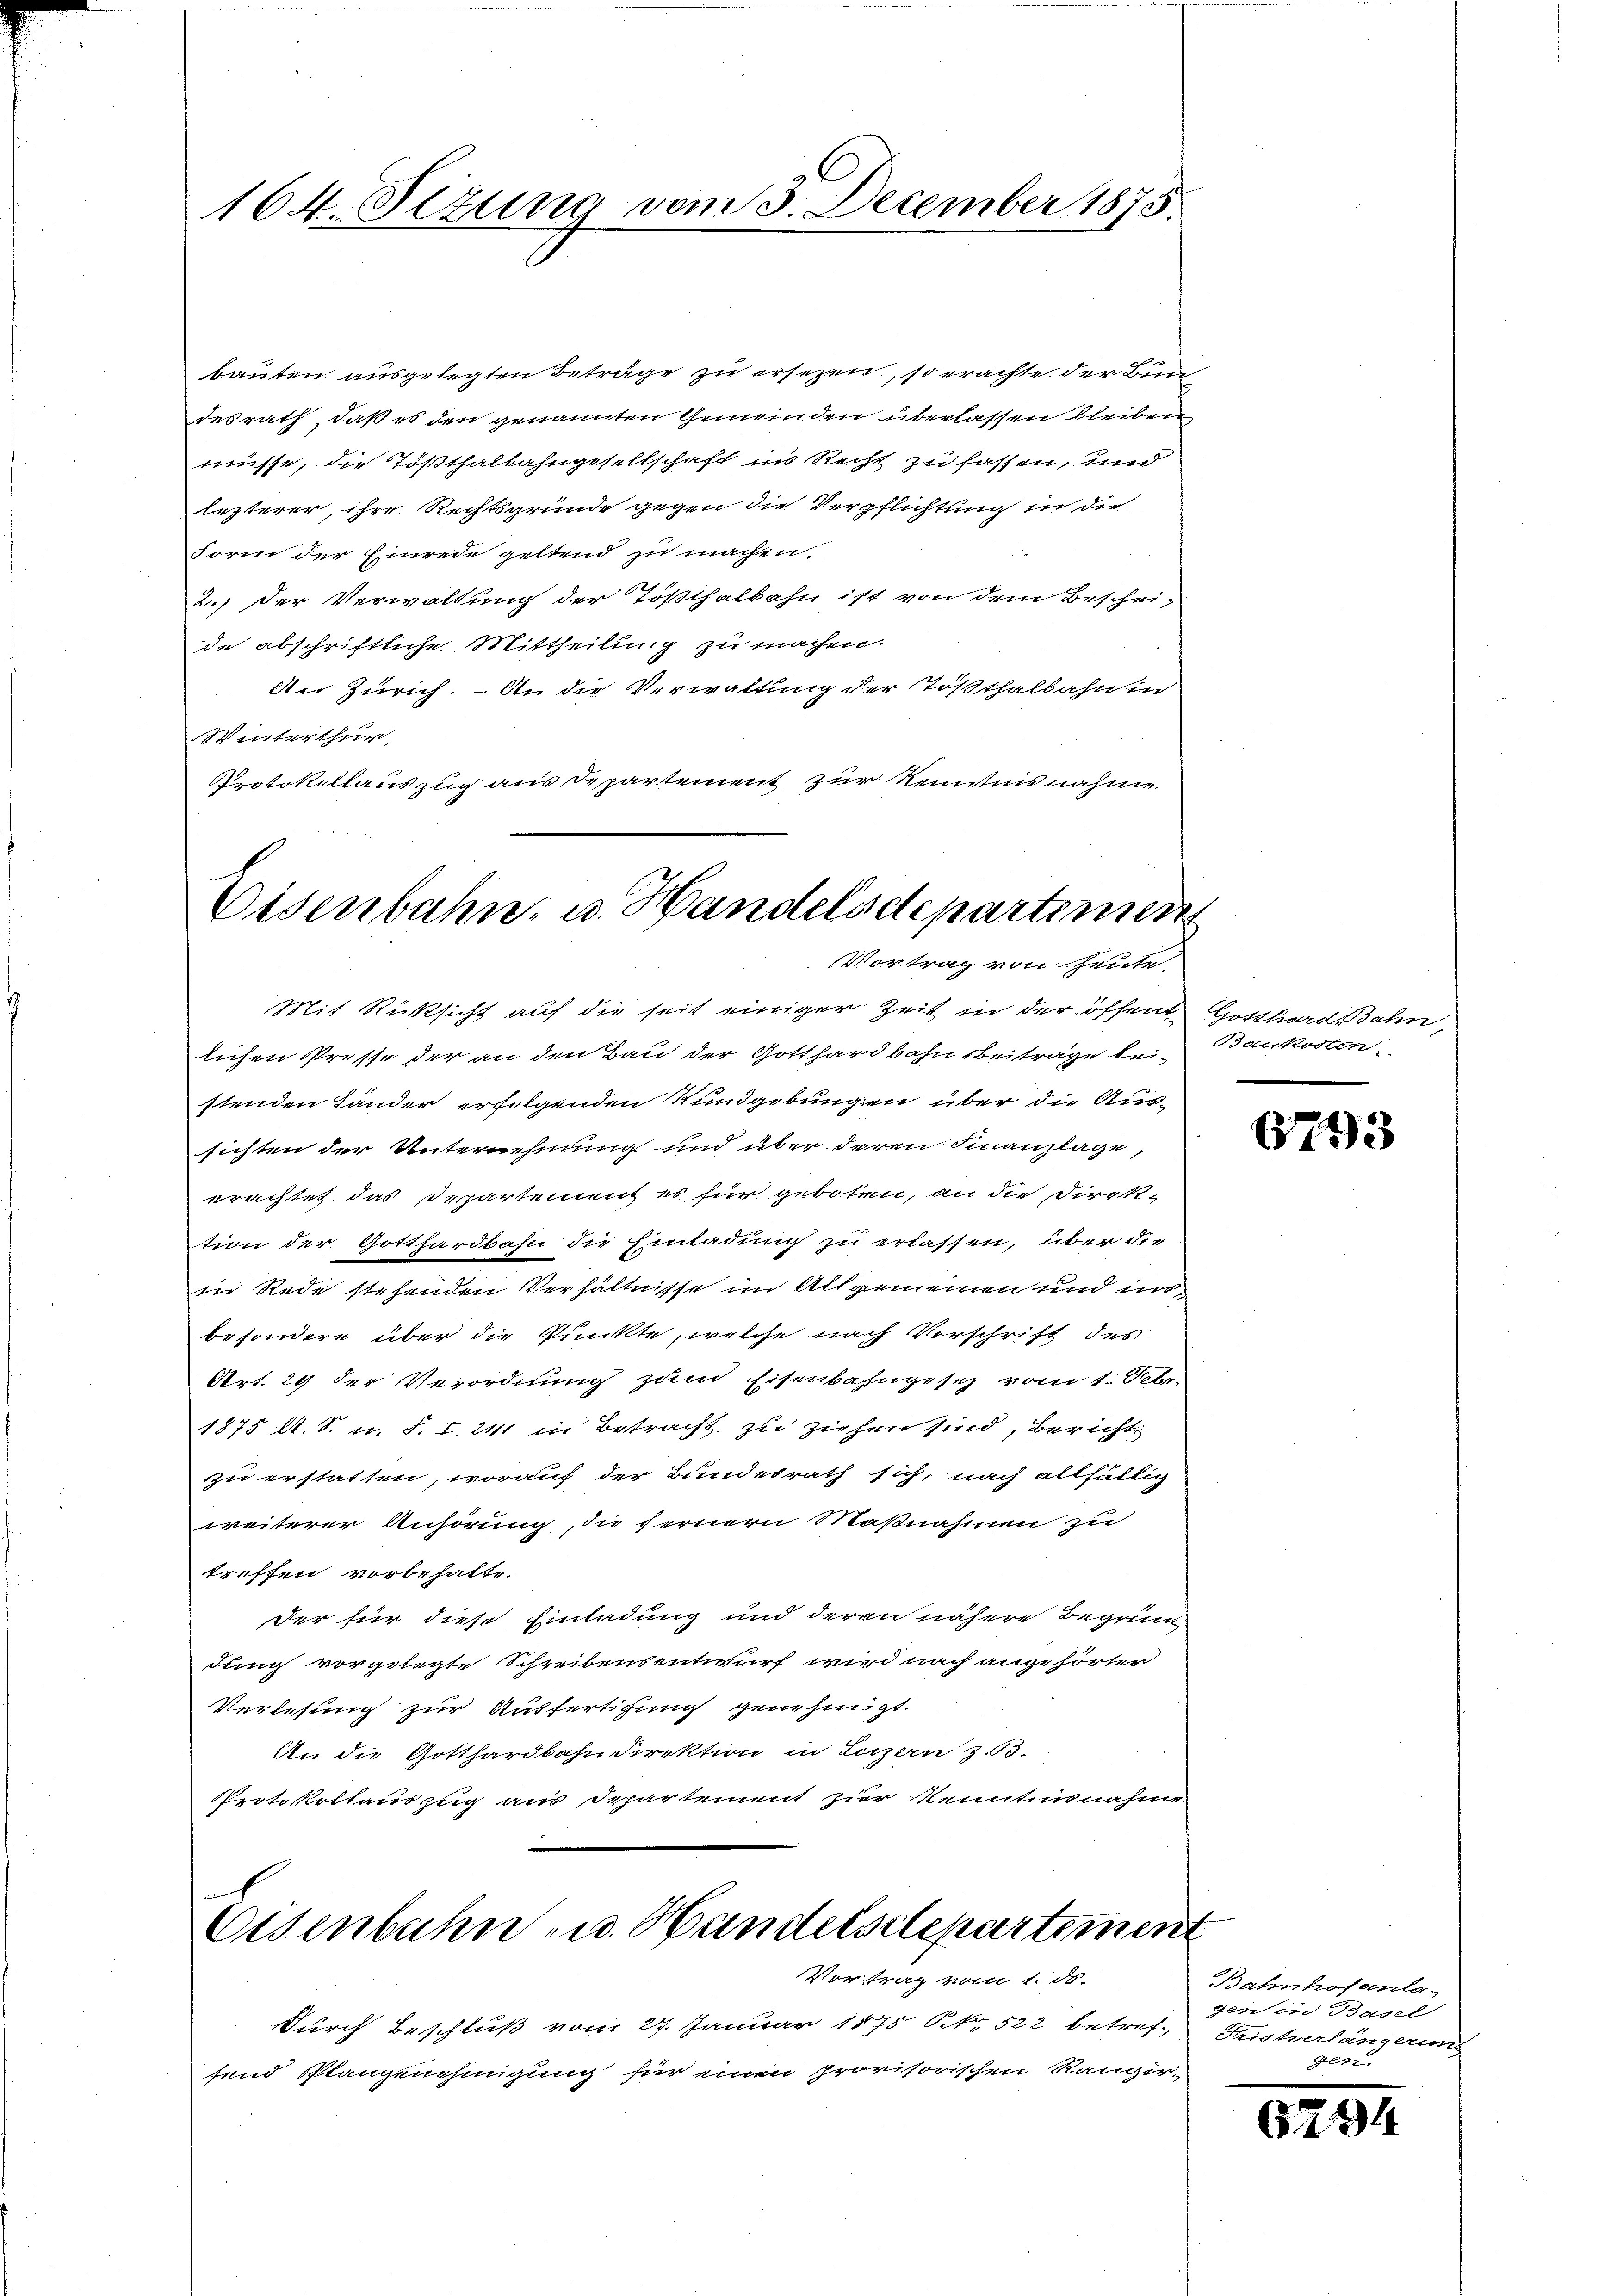
164. Sizung vom 3. December 1873.

bauten ausgelegten Beträge zu ersezen, so erachte der Bun
desrath, daß es den genannten Gemeinden überlassen bleiben
müsse, die Tößthalbahngesellschaft in Recht zu fassen, und
lezterer, ihre Rechtsgrunde gegen die Verpflichtung in die
Form der Einrede geltend zu machen.
2.) der Verwaltung der Tößthalbahn ist von dem Beschei-
de abschriftliche Mittheilung zu machen.
An Zürich. An die Verwaltung der Tößthalbahnen
Winterthur,
Protokollauszug aus Departement zur Kenntnisnahme.

Eisenbahn, u. Handelsdepartemen
Vortrag von heute,

Mit Rücksicht auf die seit einiger Zeit in der öffent Gotthard Bahn,
lichen Presse der an den Bau der Gotthardbahn Beiträge beistenden Länder erfolgenden Wundgebungen über die Aus-

Vortrag vom 1. ds.
Durch beschluß vom 27. Januar 1875 S. 522 betrefsend Plangenehmigung für einen provisorischen Rangir-

sichten der Unternehmung und über deren Finanzlage,
erachtet das Departement es für geboten, an die Direk-
tion der Gotthardbahn die Einladung zu erlassen, über die
in Rede stehenden Verhältnisse im Allgemeinen und insbesondere über die Punkte, welche nach Verschrift des
Art. 29 der Verordnung zum Eisenbahngesch vom 1. Febr.
1875 l. S. u. S. I. 241 in Betracht zu ziehen sind, Bericht
zu erstatten, worauf der Bundesrath sich, nach allfällig
weiterer Anhörung, die fernern Maßnahmen zu
treffen vorbehalte.
der für diese Einladung und deren nähere Begrün
dung vorgelegte Schreibensentwurf wird nach angehörter
Verlesung zur Ausfertigung genehmigt.
An die Gotthardbahndirektion in Luzern z. 63.
Protokollauszug aus Separtement zur Kenntnisnahme.

h
Eisenbahn u. Handelsdepartiment

Baukosten

6793

Bahnhofanla
gen in Basel
Fristerlängerung

6294